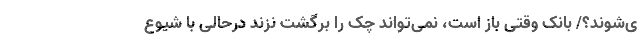
ی‌شوند؟/ بانک وقتی باز است، نمی‌تواند چک را برگشت نزند درحالی با شیوع